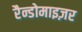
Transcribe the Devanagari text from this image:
रैन्डोमाइज़र